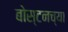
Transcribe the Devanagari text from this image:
बोस्टनच्या